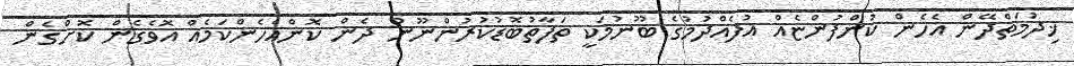
ޚިދުމަތްދޭން އެހެން ކުންފުންޏެއް އުފެއްދުމުގެ ބޫނުމަކީ ތަފާތުބޮޑުކުރުންނޫން ދެން ކޮންއެހެންކަމެއް އޮވެގެން ކޮށްގެން